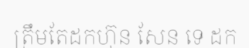
ត្រឹមតែដកហ៊ុន សែន ទេ ដក